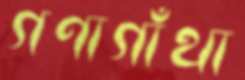
গণাগাঁথা